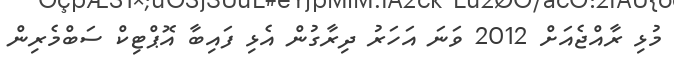
މުޅި ރާއްޖެއަށް 2012 ވަނަ އަހަރު ދިރާގުން އެޅި ފައިބާ އޮޕްޓިކް ސަބްމެރިން